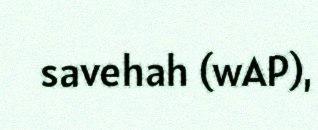
savehah (wAP),